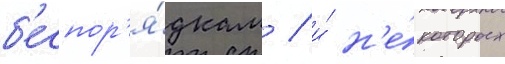
б'еспор'я́дкам / и́ н'е́которых